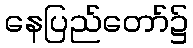
နေပြည်တော်၌